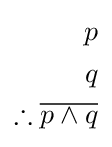
{\begin{aligned}p\\q\\\therefore {\overline {p\wedge q}}\\\end{aligned}}